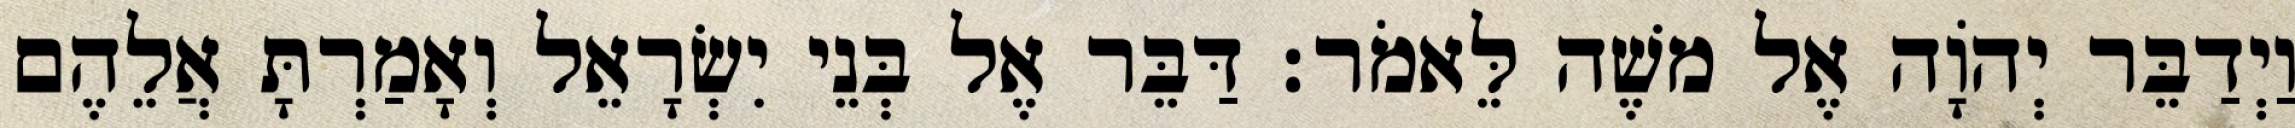
וַיְדַבֵּר יְהוָֹה אֶל משֶׁה לֵּאמֹר׃ דַּבֵּר אֶל בְּנֵי יִשְׂרָאֵל וְאָמַרְתָּ אֲלֵהֶם